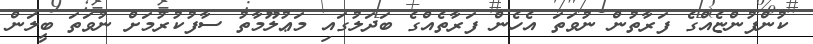
ކުންފުންޏެއްގެ ފަރާތުން ނުވަތަ އެހެން ފަރާތެއްގެ ބަދަލުގައި މަޢުލޫމާތު ސާފުކުރުމަށް ނުވަތަ ބީލަން